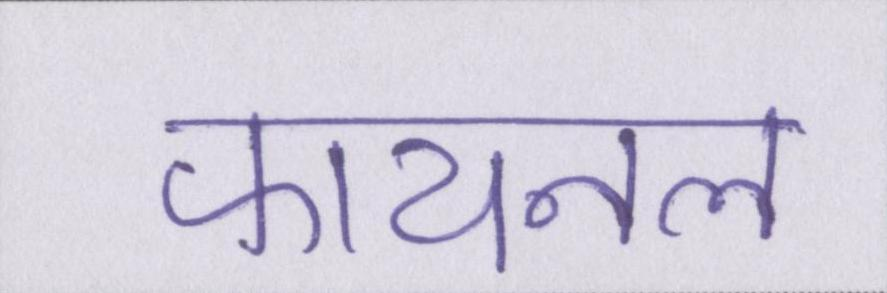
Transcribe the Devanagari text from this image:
फायनल